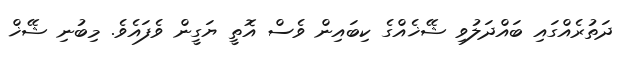
ދަތުރެއްގައި ބައްދަލުވި ޝޭޚެއްގެ ކިބައިން ވެސް އޮތީ ޔަގީން ވެފައެވެ. މިބުނި ޝޭޚް